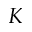
K